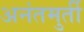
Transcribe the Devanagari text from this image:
अनंतमुर्ती